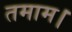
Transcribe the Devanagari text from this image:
तमाम।